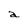
Character: a